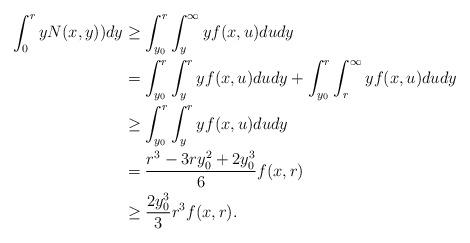
LaTeX: \begin{align*}\int_0^{r}yN(x,y))dy&\geq\int_{y_0}^{r}\int_{y}^{\infty}yf(x,u)dudy\\&=\int_{y_0}^{r}\int_y^{r}yf(x,u)dudy+\int_{y_0}^{r}\int_r^{\infty}yf(x,u)dudy\\&\geq\int_{y_0}^{r}\int_y^{r}yf(x,u)dudy\\&=\frac{r^{3}-3ry_0^{2}+2y_0^{3}}{6}f(x,r)\\ &\geq \frac{2y_0^{3}}{3}r^{3}f(x,r).\end{align*}